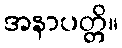
အနာပတ္တိ။